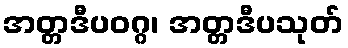
အတ္တဒီပဝဂ္ဂ၊ အတ္တဒီပသုတ်